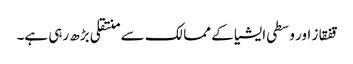
قفقاز اور وسطی ایشیا کے ممالک سے منتقلی بڑھ رہی ہے۔